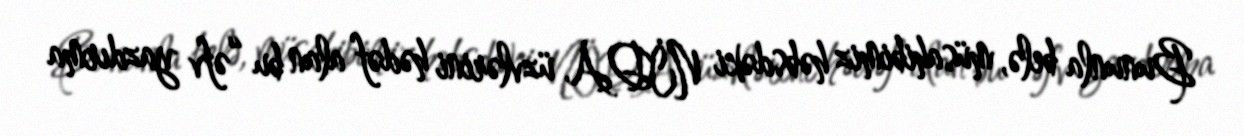
Bununla belə, müsahibimiz həbsdəki NİDA üzvlərini hədəf alan bu “əfv yazdırma